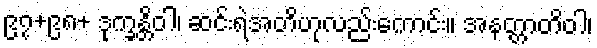
၉၇+၉၈+ ဒုက္ခန္တိဝါ၊ ဆင်းရဲအတိဟုလည်းကောင်း။ အနတ္တာတိဝါ၊